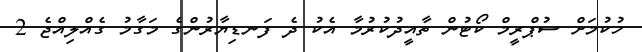
ހުކުމަށް ސުޕްރީމް ކޯޓުން ތާއީދުކުރުމާ އެކު ދެ ފަނޑިޔާރުންގެ މަގާމު ގެއްލިއްޖެ 2